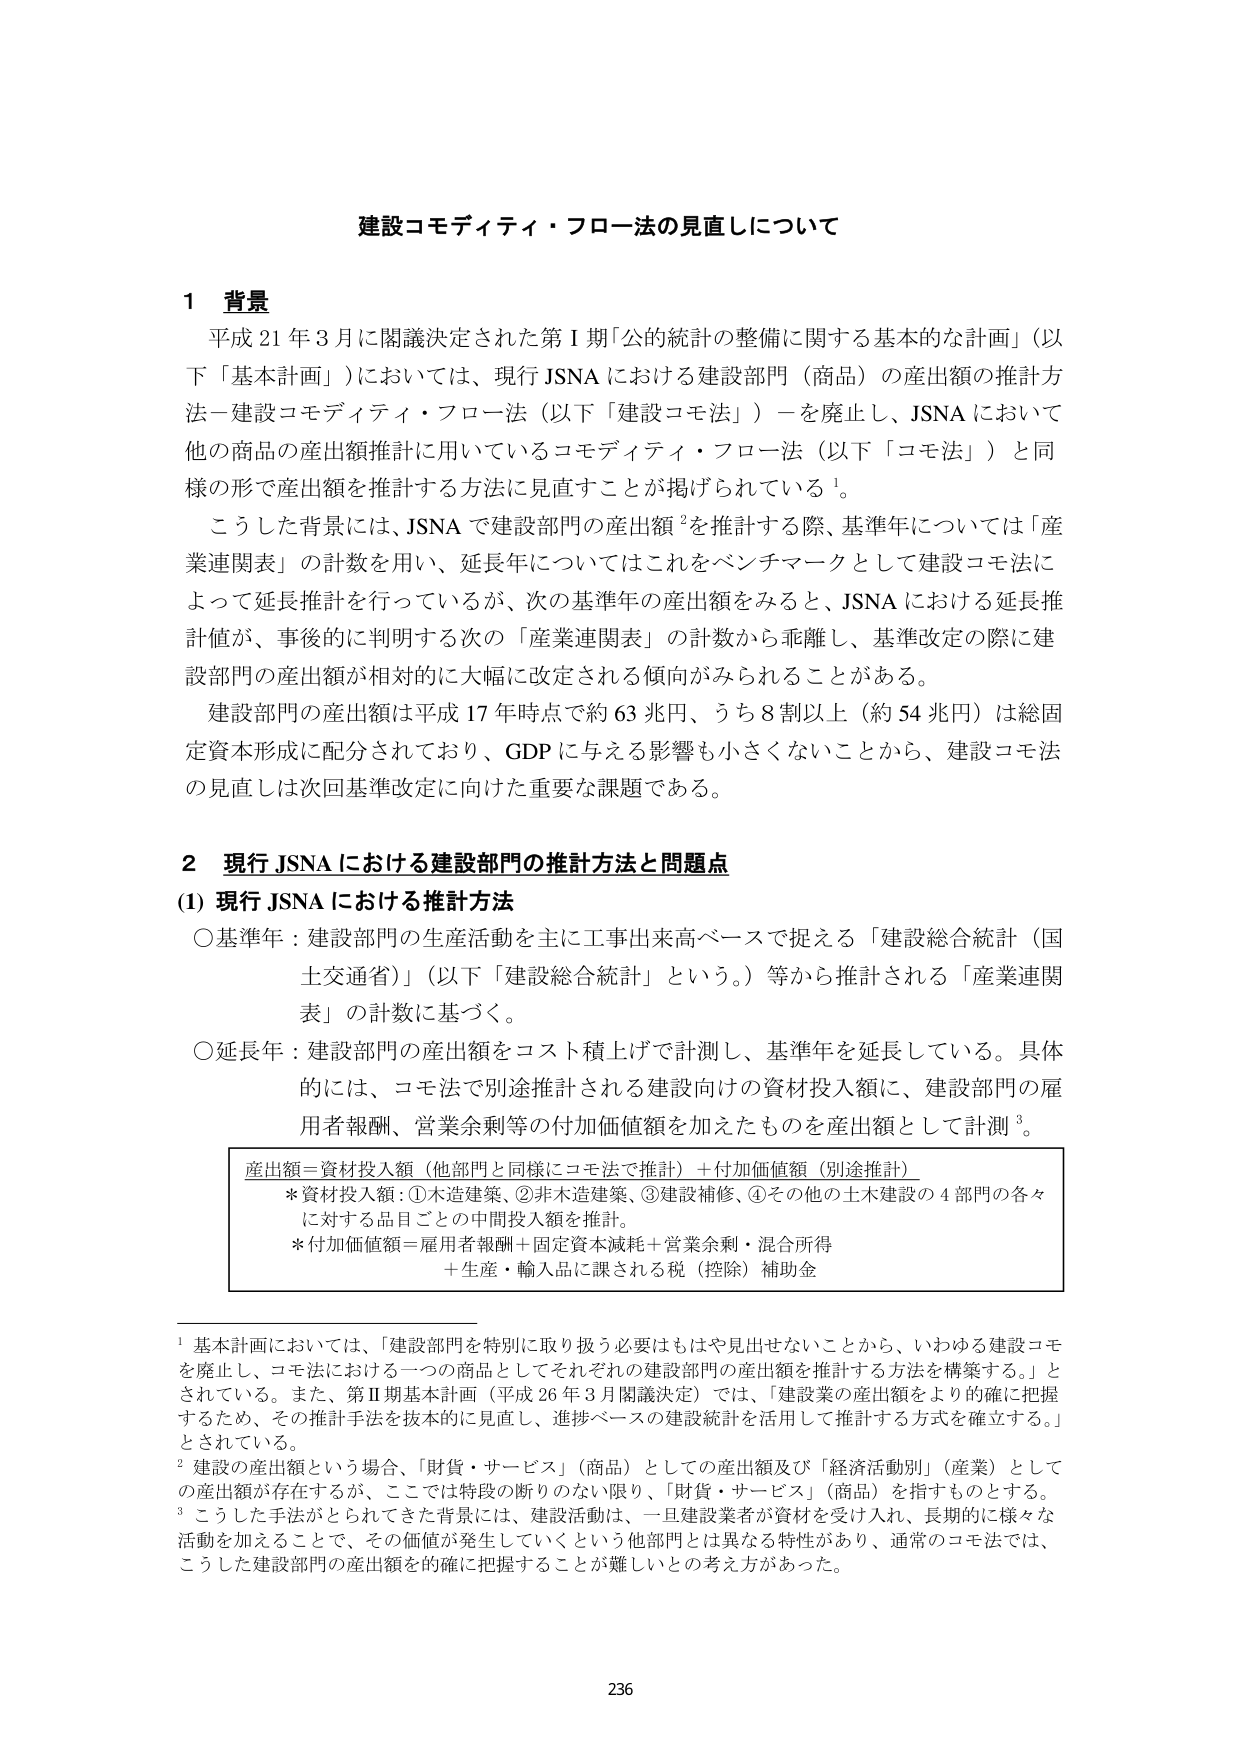
建設コモディティ・フロー法の見直しについて

1 背景
平成21年3月に閣議決定された第Ⅰ期「公的統計の整備に関する基本的な計画」（以下「基本計画」）においては、現行JSNAにおける建設部門（商品）の産出額の推計方法－建設コモディティ・フロー法（以下「建設コモ法」）－を廃止し、JSNAにおいて他の商品の産出額推計に用いているコモディティ・フロー法（以下「コモ法」）と同様の形で産出額を推計する方法に見直すことが掲げられている¹。

こうした背景には、JSNAで建設部門の産出額²を推計する際、基準年については「産業連関表」の計数を用い、延長年についてはこれをベンチマークとして建設コモ法によって延長推計を行っているが、次の基準年の産出額をみると、JSNAにおける延長推計値が、事後的に判明する次の「産業連関表」の計数から乖離し、基準改定の際に建設部門の産出額が相対的に大幅に改定される傾向がみられることがある。

建設部門の産出額は平成17年時点で約63兆円、うち8割以上（約54兆円）は総固定資本形成に配分されており、GDPに与える影響も小さくないことから、建設コモ法の見直しは次回基準改定に向けた重要な課題である。

2 現行JSNAにおける建設部門の推計方法と問題点
(1) 現行JSNAにおける推計方法
〇基準年：建設部門の生産活動を主に工事出来高ベースで捉える「建設総合統計（国土交通省）」（以下「建設総合統計」という。）等から推計される「産業連関表」の計数に基づく。

〇延長年：建設部門の産出額をコスト積上げで計測し、基準年を延長している。具体的には、コモ法で別途推計される建設向けの資材投入額に、建設部門の雇用者報酬、営業余剰等の付加価値額を加えたものを産出額として計測³。

産出額＝資材投入額（他部門と同様にコモ法で推計）＋付加価値額（別途推計）
* 資材投入額：①木造建築、②非木造建築、③建設補修、④その他の土木建設の4部門の各々に対する品目ごとの中間投入額を推計。
* 付加価値額＝雇用者報酬＋固定資本減耗＋営業余剰・混合所得
　＋生産・輸入品に課される税（控除）補助金

¹ 基本計画においては、「建設部門を特別に取り扱う必要はもはや見出せないことから、いわゆる建設コモを廃止し、コモ法における一つの商品としてそれぞれの建設部門の産出額を推計する方法を構築する。」とされている。また、第Ⅱ期基本計画（平成26年3月閣議決定）では、「建設業の産出額をより的確に把握するため、その推計手法を抜本的に見直し、進捗ベースの建設統計を活用して推計する方式を確立する。」とされている。

² 建設の産出額という場合、「財貨・サービス」（商品）としての産出額及び「経済活動別」（産業）としての産出額が存在するが、ここでは特段の断りのない限り、「財貨・サービス」（商品）を指すものとする。

³ こうした手法がとられてきた背景には、建設活動は、一旦建設業者が資材を受け入れ、長期的に様々な活動を加えることで、その価値が発生していくという他部門とは異なる特性があり、通常のコモ法では、こうした建設部門の産出額を的確に把握することが難しいとの考え方があった。

236